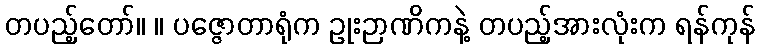
တပည့်တော်။ ။ ပဇ္ဇောတာရုံက ဥုးဉာဏိကနဲ့ တပည့်အားလုံးက ရန်ကုန်